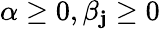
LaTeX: \alpha\geq0,\beta_{\mathbf{j}}\geq0